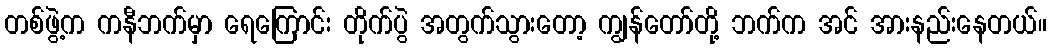
တစ်ဖွဲ့က ကနီဘက်မှာ ရေကြောင်း တိုက်ပွဲ အတွက်သွားတော့ ကျွန်တော်တို့ ဘက်က အင် အားနည်းနေတယ်။